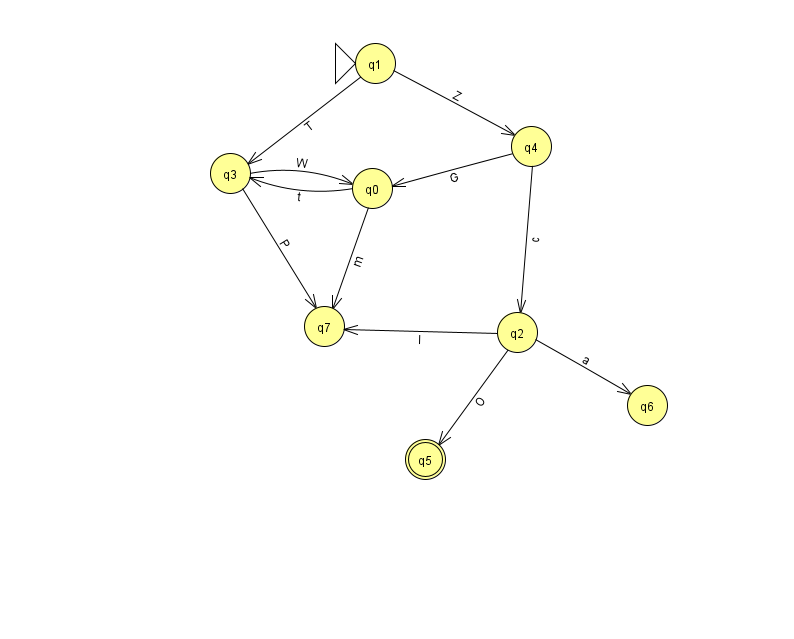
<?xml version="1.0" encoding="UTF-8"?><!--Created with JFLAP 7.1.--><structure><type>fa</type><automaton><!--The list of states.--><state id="0" name="q0"><x>372.0</x><y>175.0</y></state><state id="1" name="q1"><x>375.0</x><y>50.0</y><initial/></state><state id="2" name="q2"><x>517.0</x><y>319.0</y></state><state id="3" name="q3"><x>230.0</x><y>160.0</y></state><state id="4" name="q4"><x>531.0</x><y>133.0</y></state><state id="5" name="q5"><x>425.0</x><y>446.0</y><final/></state><state id="6" name="q6"><x>647.0</x><y>392.0</y></state><state id="7" name="q7"><x>324.0</x><y>313.0</y></state><!--The list of transitions.--><transition><from>2</from><to>5</to><read>O</read></transition><transition><from>4</from><to>0</to><read>G</read></transition><transition><from>2</from><to>6</to><read>a</read></transition><transition><from>0</from><to>7</to><read>m</read></transition><transition><from>3</from><to>7</to><read>P</read></transition><transition><from>4</from><to>2</to><read>c</read></transition><transition><from>0</from><to>3</to><read>t</read></transition><transition><from>1</from><to>3</to><read>T</read></transition><transition><from>3</from><to>0</to><read>W</read></transition><transition><from>2</from><to>7</to><read>I</read></transition><transition><from>1</from><to>4</to><read>Z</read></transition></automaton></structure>